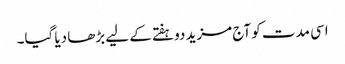
اسی مدت کو آج مزید دوہفتے کے لیے بڑھا دیا گیا۔